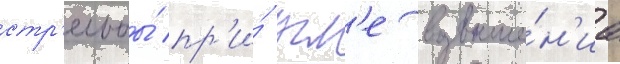
стр'ельбы́ пр'и́ угл'е возвыше́н'иа